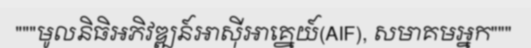
"""មូលនិធិអភិវឌ្ឍន៍អាស៊ីអាគ្នេយ៍(AIF), សមាគមអ្នក"""